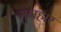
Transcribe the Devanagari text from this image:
गुमहार